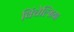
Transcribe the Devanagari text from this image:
विंचेल्सिया